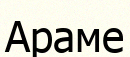
Араме